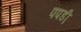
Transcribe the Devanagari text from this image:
पपडी़